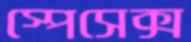
স্পেসেক্স